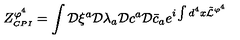
\displaystyle Z _ { \scriptscriptstyle C P I } ^ { \varphi ^ { 4 } } = \int { \cal { D } } \xi ^ { a } { \cal { D } } \lambda _ { a } { \cal { D } } c ^ { a } { \cal { D } } \bar { c } _ { a } e ^ { i \int d ^ { 4 } x \tilde { \cal { L } } ^ { \varphi ^ { 4 } } }